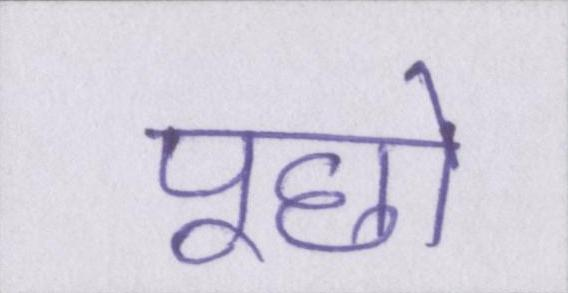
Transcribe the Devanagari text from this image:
पूछो